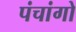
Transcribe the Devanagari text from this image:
पंचांगो